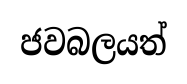
ජවබලයත්